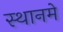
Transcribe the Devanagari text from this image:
स्थानमे